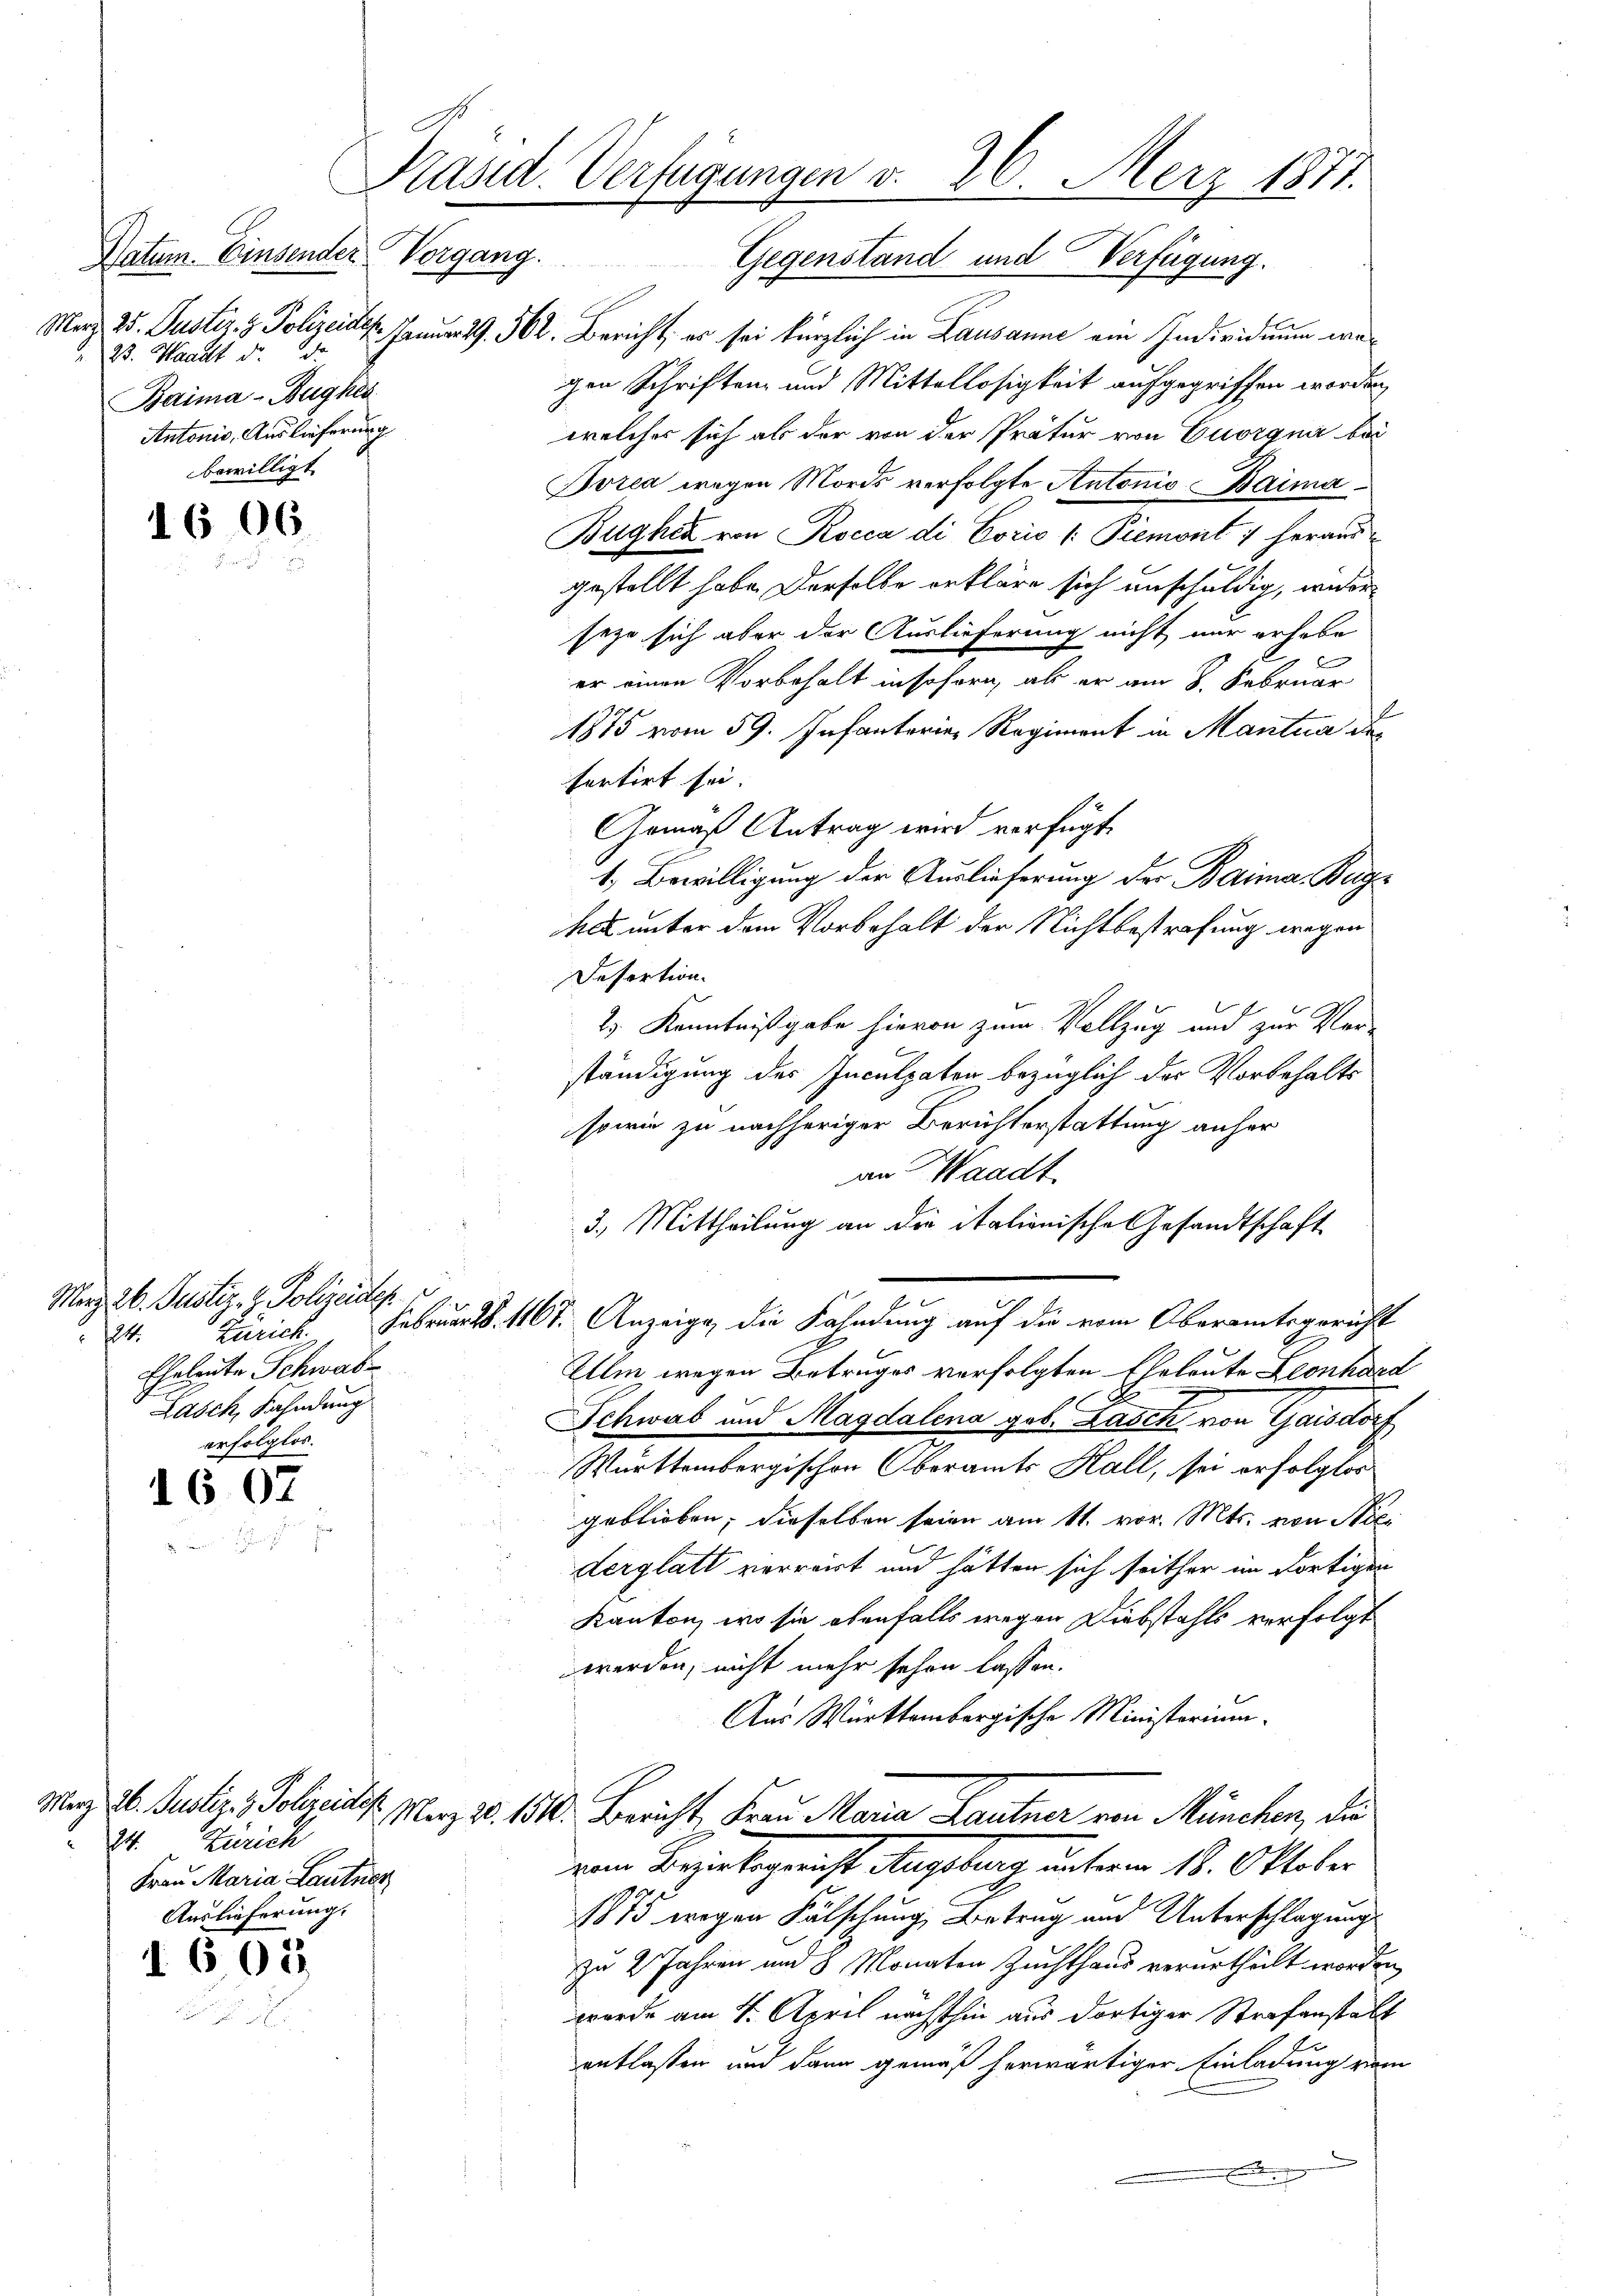
Datum. Einsender Vorgang.
23. Waadt d. d.
Baima-Bugkei
Antonio, Auslieferung
bewilligt

1606.

Merz 26. Justiz- & Polizeig
24. Zürich.
Eheleute Schwabe
Lasch, Fahndung
erfolglos.

1607

24. Zürich
Frau Maria Lautner
Auslieferung.

605

Präsid. Verfügungen v. 26. März 1877.

Gegenstand und Verfügung.
Merz 25. Justiz- & Polizeiden Januar 19. 562. Bericht, es sei kürzlich in Lausanne ein Individuum wegen Schriften und Mittellosigkeit aufgegriffen worden,
welcher sich als der von der Prätur von Quorgna bei
Dorea wegen Mords verfolgte Antonio Baima¬
Bugher von Rocca di Coris /: Piemont) heraus
gestellt habe. Derselbe erkläre sich unschuldig, weder
seze sich aber der Auslieferung nicht nur erhabe
er einen Vorbehalt insofern, als er am 8. Februar
1815 vom 59. Infantoria Regiment in Mantua des
fertirt sei.
Gemäß Antrag wird verfügt
1. Bewilligung der Auslieferung der Baima, Bege
has unter dem Vorbehalt der Nichtbestrafung wegen
Desortion.
2.) Kenntnißgabe hievon zum Vollzug und zur Ver-
ständigung des Inculpaten bezüglich der Vorbehalts
sowie zu nachheriger Berichterstattung anher
an Waadt
3.) Mittheilung an die italionische Gesandtschaft
Februar 18. 1167. Anzeige, die Fahndung auf die vom Oberamtsgericht
Alm wegen Betruges verfolgten Eheleute Leonhard
Schwab und Magdalena geb. Zasch von Gaisdorf
Württembergischen Oberamts Hall, sei erfolglos
geblieben, dieselben seien am 11. vor. Mts. von Nei
derglatt verrrirt und hätten sich seither im dortigen
Kanton, wo sie ebenfalls wegen Diebstahls verfolgt
werden, nicht mehr sehen lassen.
Aus Württembergische Ministerimm.
May d. Justiz, Polizeilis. Merz No. 1810. Bericht Frau Maria Kautner von München, die
von Bezirksgericht Angebung unterm 18. Oktober
1875 wegen Fälschung Betrug und Unterschlagungs
zu 2 Jahren und 8 Monaten Zuchthaus verurtheilt worden,
wurde am 4. April nächsthin aus dortiger Strafanstalt
Er
entlassen und dann gemäß herwärtiger Einladung vom
.